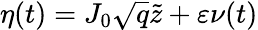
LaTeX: \eta(t)=J_{0}\sqrt{q}\tilde{z}+\varepsilon\nu(t)